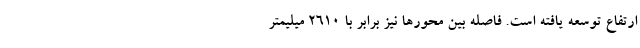
ارتفاع توسعه یافته است. فاصله بین محورها نیز برابر با 2610 میلیمتر